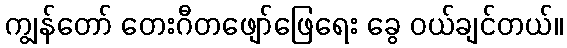
ကျွန်တော် တေးဂီတဖျော်ဖြေရေး ခွေ ဝယ်ချင်တယ်။